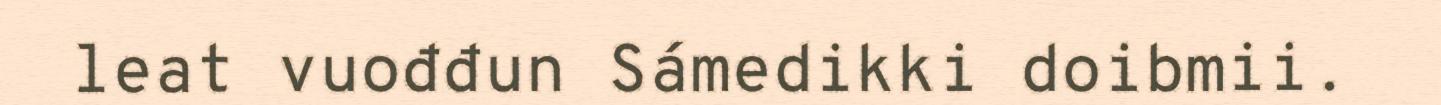
leat vuođđun Sámedikki doibmii.